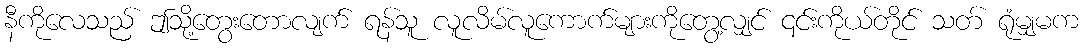
နီကိုလေသည် ဤသို့တွေးတောလျက် ရန်သူ လူလိမ်လူကောက်များကိုတွေ့လျှင် ၎င်းကိုယ်တိုင် သတ် ရုံမျှမက